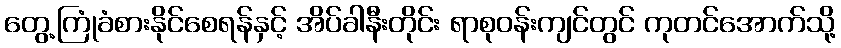
တွေ့ကြုံခံစားနိုင်စေရန်နှင့် အိပ်ခါနီးတိုင်း ရာစုဝန်းကျင်တွင် ကုတင်အောက်သို့